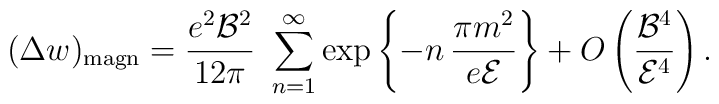
(\Delta w)_{{\rm magn}}=\frac{e^2{\cal B}^2}{12\pi}\ \sum_{n=1}^\infty\exp\left\{-n\,\frac{\pi m^2}{e{\cal E}}\right\}+O\left(\frac{{\cal B}^4}{{\cal E}^4}\right).